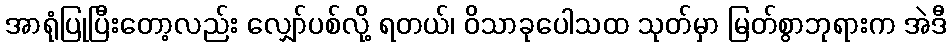
အာရုံပြုပြီးတော့လည်း လျှော်ပစ်လို့ ရတယ်၊ ဝိသာခုပေါသထ သုတ်မှာ မြတ်စွာဘုရားက အဲဒီ